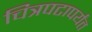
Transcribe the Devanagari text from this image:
चित्रपटापर्यंत